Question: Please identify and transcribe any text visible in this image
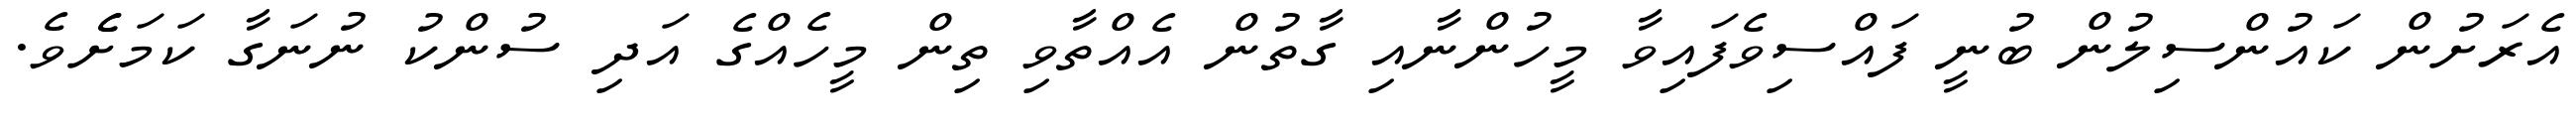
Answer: އެރަށުން ކައުންސިލުން ބުނީ ފައްސިވެފައިވާ މީހުންނާއި ގާތުން އެއްތާވި ތިން މީހެއްގެ އަދި ސުންކު ނުނަގާ ކަމަށެެވެ.